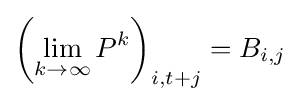
\left(\lim _{k\to \infty }P^{k}\right)_{i,t+j}=B_{i,j}